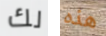
لك هذه